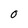
Character: 0